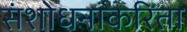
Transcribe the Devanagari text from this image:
संशोधनाकरिता